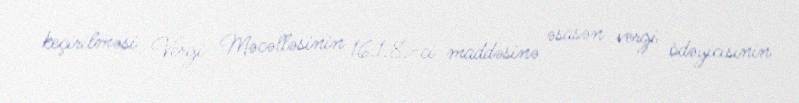
keçirilməsi Vergi Məcəlləsinin 16.1.8.-ci maddəsinə əsasən vergi ödəyicisinin